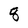
Character: 8